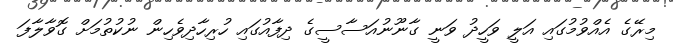
މިރޭގެ އެއްވުުމުގައި އަލީ ވަހީދު ވަނީ ގާނޫނުއަސާސީގެ ދިފާއުގައި ހުރިހާދިވެހިން ނުކުތުމަށް ގޮވާލާފަ